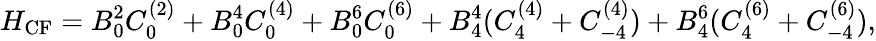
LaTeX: H_{\mathrm{CF}}=B_{0}^{2}C_{0}^{(2)}+B_{0}^{4}C_{0}^{(4)}+B_{0}^{6}C_{0}^{(6)}+B_{4}^{4}(C_{4}^{(4)}+C_{-4}^{(4)})+B_{4}^{6}(C_{4}^{(6)}+C_{-4}^{(6)}),